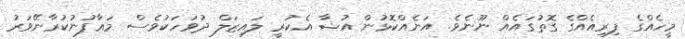
މީހެއްގެ ފިރިއެއްގެ ގޮތުގައެއް ނޫނެވެ. އަނެއްކޮޅުން އުޝާ އެކުރީ ލައިޒަލް ދުވަހަކުވެސް މަޢާފުނުކުރާނޭވަރު